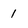
Character: 1